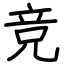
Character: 竞